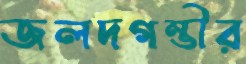
জলদগম্ভীর